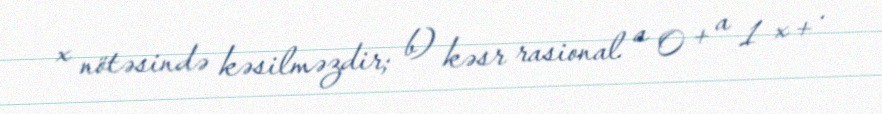
x nötəsində kəsilməzdir; b) kəsr rasional a 0 + a 1 x + .